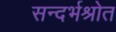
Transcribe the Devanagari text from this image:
सन्दर्भश्रोत